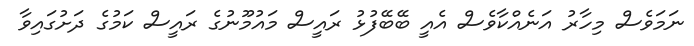
ނަމަވެސް މިހާރު އަނެއްކާވެސް އެއީ ބޭބޭފުޅު ރައީސް މައުމޫނުގެ ރައީސް ކަމުގެ ދަށުގައިވާ